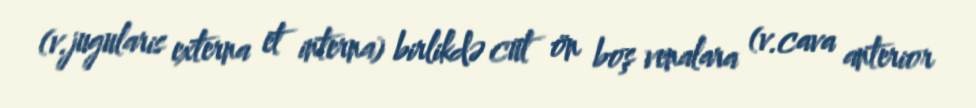
(v.jugularis externa et interna) birlikdə cüt ön boş venalara (v.cava anterior